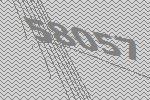
58057